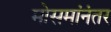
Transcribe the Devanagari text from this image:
मोसमांनंतर